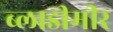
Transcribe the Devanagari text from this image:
ब्लाडीमीर